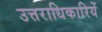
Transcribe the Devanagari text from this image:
उत्तराधिकारियें